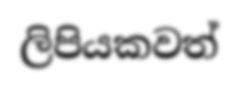
ලිපියකවත්